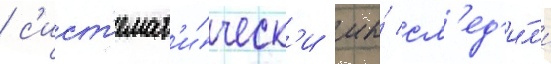
/ с'ист'емат'и́ческ'и мы́ сл'ед'и́л'и